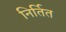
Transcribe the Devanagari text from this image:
निर्तित